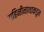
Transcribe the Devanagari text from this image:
गहिनीनाथाकडून